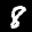
Digit: 8